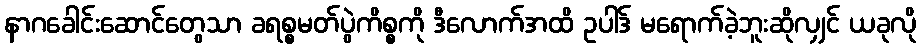
နာဂခေါင်းဆောင်တွေသာ ခရစ္စမတ်ပွဲကိစ္စကို ဒီလောက်အထိ ဥပါဒ် မရောက်ခဲ့ဘူးဆိုလျှင် ယခုလို